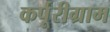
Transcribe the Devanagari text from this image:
कर्पूरीग्राम